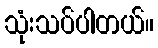
သုံးသပ်ပါတယ်။